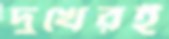
দুখেরই